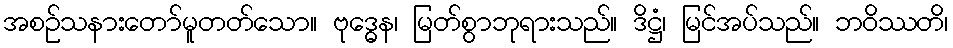
အစဉ်သနားတော်မူတတ်သော။ ဗုဒ္ဓေန၊ မြတ်စွာဘုရားသည်။ ဒိဋ္ဌံ၊ မြင်အပ်သည်။ ဘဝိဿတိ၊